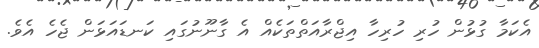
އެކަމާ ގުޅުން ހުރި ހުރިހާ އިޖްރާއަތްތަކެއް އެ ގާނޫނުގައި ކަނޑައަަޅަން ޖެހެ އެވެ.